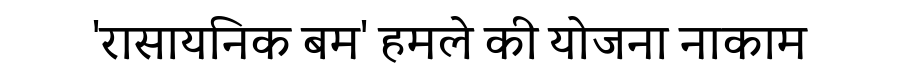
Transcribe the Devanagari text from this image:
'रासायनिक बम' हमले की योजना नाकाम